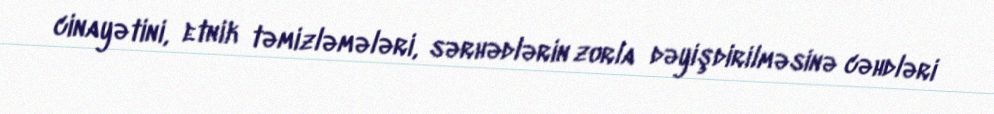
cinayətini, etnik təmizləmələri, sərhədlərin zorla dəyişdirilməsinə cəhdləri